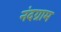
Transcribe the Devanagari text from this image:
नंदग्राम